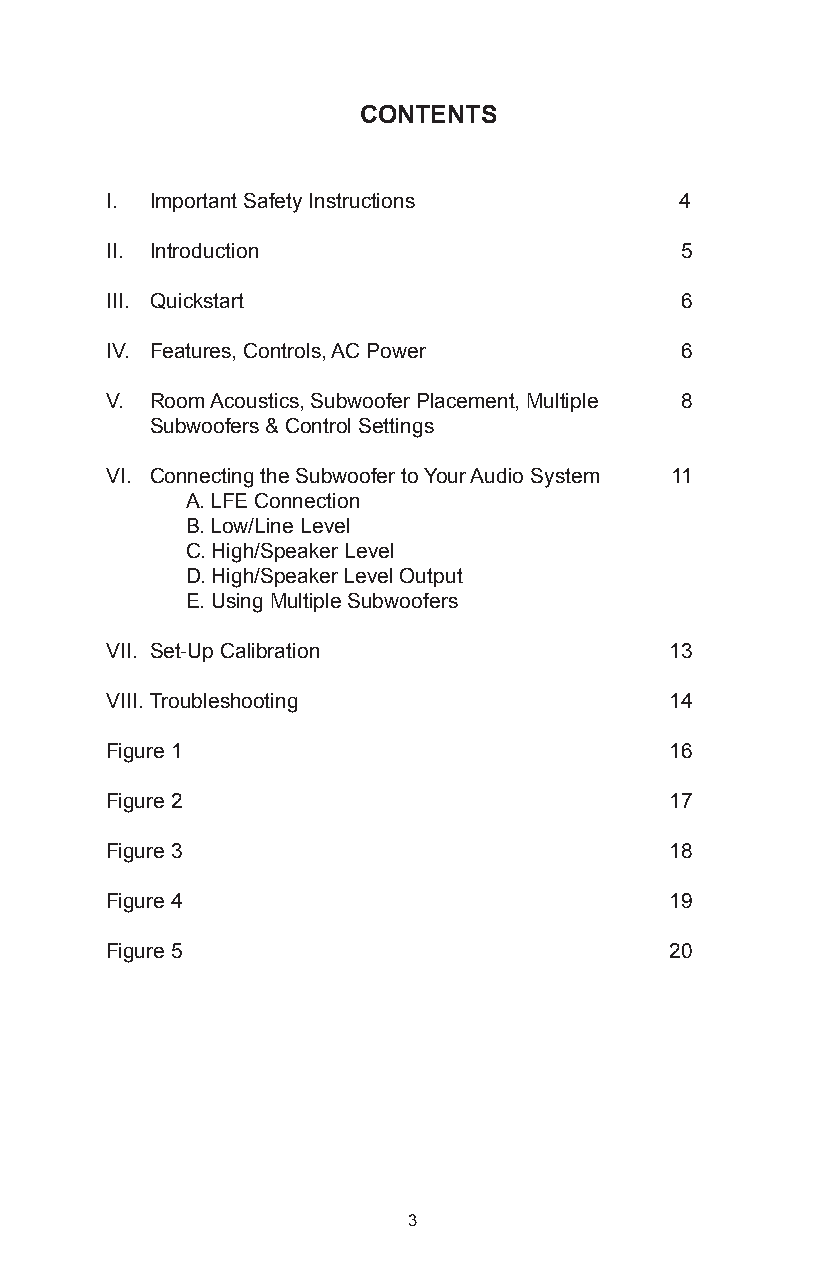
CONTENTS
 I. Important Safety Instructions      4
 II. Introduction                      5
 III. Quickstart                       6
 IV. Features, Controls, AC Power      6
 V. Room Acoustics, Subwoofer Placement, Multiple 8
 Subwoofers & Control Settings
 VI. Connecting the Subwoofer to Your Audio System 11
 A. LFE Connection
 B. Low/Line Level
 C. High/Speaker Level
 D. High/Speaker Level Output
 E. Using Multiple Subwoofers
 VII. Set-Up Calibration              13
 VIII. Troubleshooting                14
 Figure 1                             16
 Figure 2                             17
 Figure 3                             18
 Figure 4                             19
 Figure 5                             20
 3